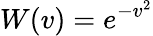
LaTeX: W(v)=e^{-v^{2}}